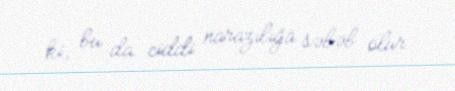
ki, bu da ciddi narazılığa səbəb olur.